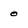
Character: 0